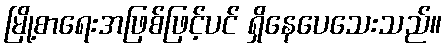
မြို့စာရေးအဖြစ်ဖြင့်ပင် ရှိနေပေသေးသည်။